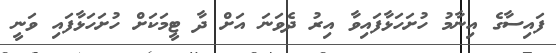
ފައިސާގެ އިނާމު ހުށަހަޅާފައިވާ އިރު ދެވަނަ އަށް ދާ ޓީމަކަށް ހުށަހަޅާފައި ވަނީ